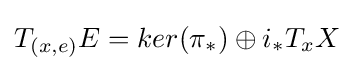
T_{(x,e)}E=ker(\pi _{*})\oplus i_{*}T_{x}X